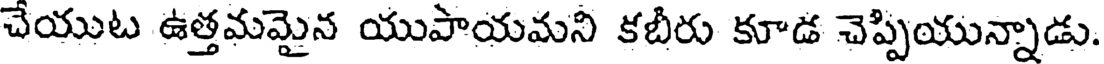
చేయుట ఉత్తమమైన యుపాయమని కబీరు కూడ చెప్పియున్నాడు.